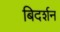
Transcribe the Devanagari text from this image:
बिदर्शन